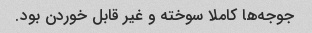
جوجه‌ها کاملا سوخته و غیر قابل خوردن بود.